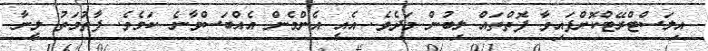
އިލަސްޓްރޭޓްކޮށްފައިވާ ފޮތްތައް ލިބުން މަދެވެ. އެއީ އެންމެން އެއްބަސްވާނެ ކަމެވެ. ފާތުމަތު ލީނާ